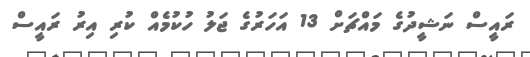
ރައީސް ނަޝީދުގެ މައްޗަށް 13 އަހަރުގެ ޖަލު ހުކުމެއް ކުރި އިރު ރައީސް